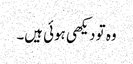
وہ تو دیکھی ہوئی ہیں۔